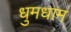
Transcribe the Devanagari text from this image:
धुमधाम